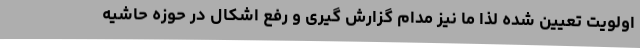
اولویت تعیین شده لذا ما نیز مدام گزارش گیری و رفع اشکال در حوزه حاشیه